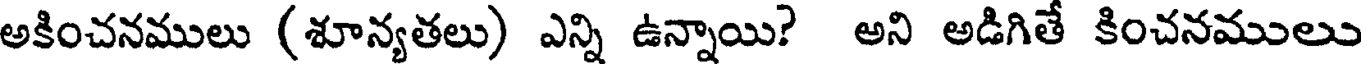
అకించనములు (శూన్యతలు) ఎన్ని ఉన్నాయి? అని అడిగితే కించనములు